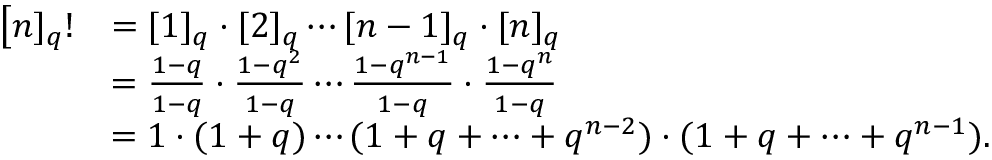
{ \begin{array} { r l } { { \big [ } n ] _ { q } ! } & { = [ 1 ] _ { q } \cdot [ 2 ] _ { q } \cdots [ n - 1 ] _ { q } \cdot [ n ] _ { q } } \\ & { = { \frac { 1 - q } { 1 - q } } \cdot { \frac { 1 - q ^ { 2 } } { 1 - q } } \cdots { \frac { 1 - q ^ { n - 1 } } { 1 - q } } \cdot { \frac { 1 - q ^ { n } } { 1 - q } } } \\ & { = 1 \cdot ( 1 + q ) \cdots ( 1 + q + \cdots + q ^ { n - 2 } ) \cdot ( 1 + q + \cdots + q ^ { n - 1 } ) . } \end{array} }